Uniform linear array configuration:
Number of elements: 32
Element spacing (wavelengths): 1
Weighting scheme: hamming
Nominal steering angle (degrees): -15
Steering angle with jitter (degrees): -13.285
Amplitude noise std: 0.05
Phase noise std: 0.05

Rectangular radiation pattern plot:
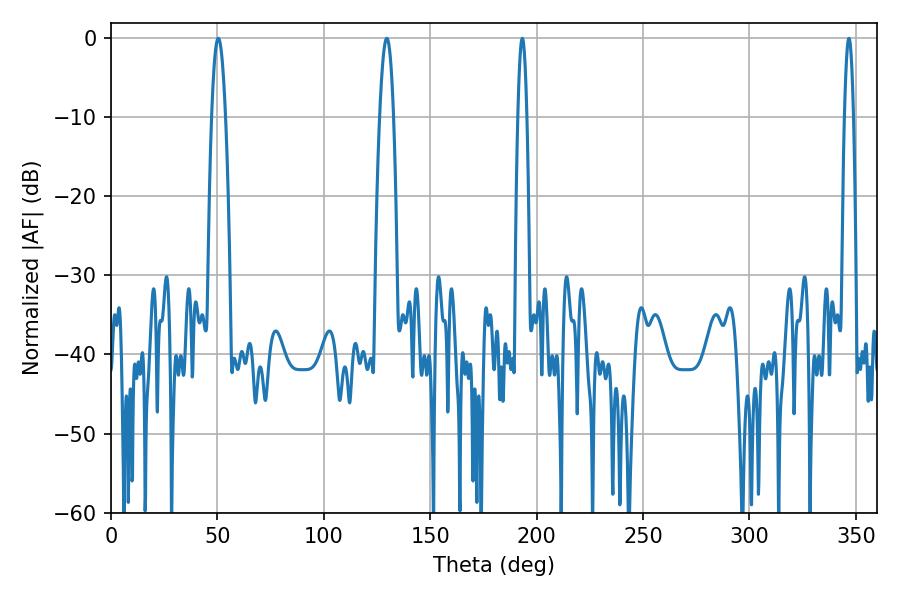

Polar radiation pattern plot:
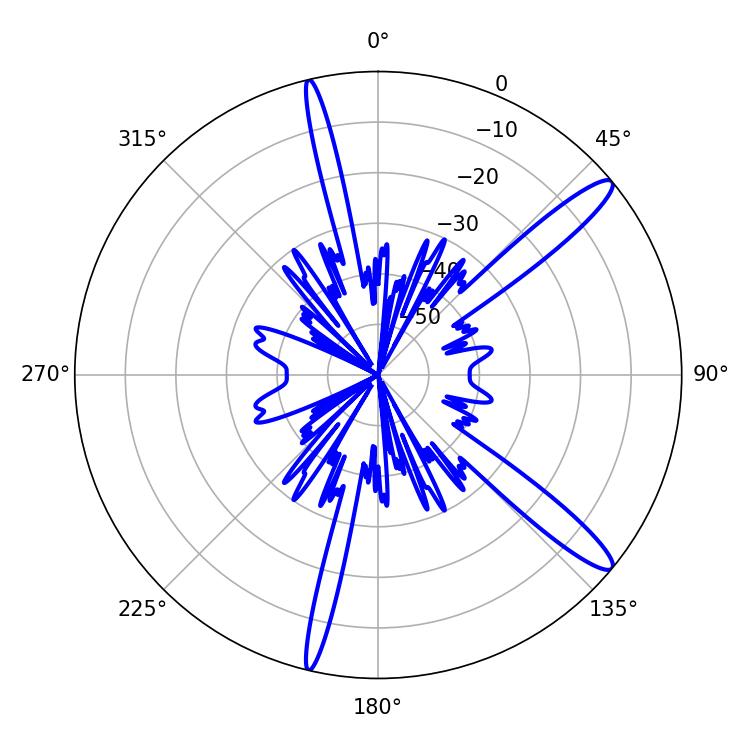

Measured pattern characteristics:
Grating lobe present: TRUE
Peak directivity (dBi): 13.737
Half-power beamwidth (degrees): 3.6
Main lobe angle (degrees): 50.4